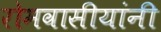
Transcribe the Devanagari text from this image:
रोमवासीयांनी